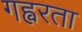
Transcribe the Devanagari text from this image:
गह्वरता